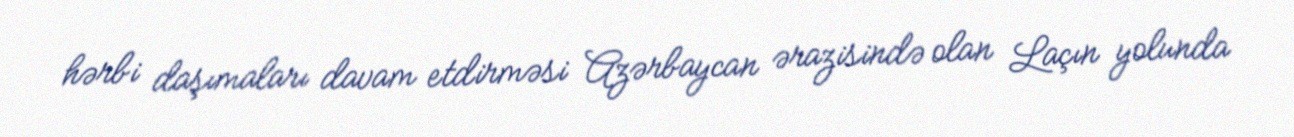
hərbi daşımaları davam etdirməsi Azərbaycan ərazisində olan Laçın yolunda